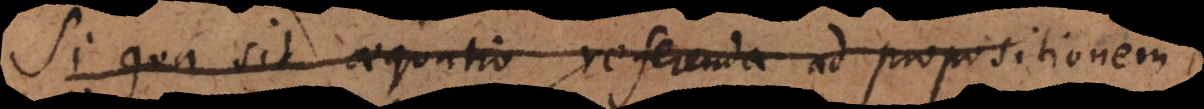
Si qua sit aequatio referenda ad propositionem